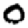
Digit: 0